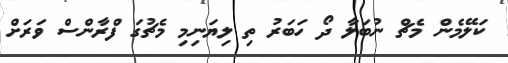
ކަލޭމެން މެޗް ނުބަލާ ދޯ ހަބަރު ތި ލިޔަނިމި މެޗުގަ ފްރާންސް ވަރަށް